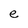
Character: e